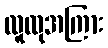
လူထုအကြား